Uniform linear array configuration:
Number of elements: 16
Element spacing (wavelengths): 1
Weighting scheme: hann
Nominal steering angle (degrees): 15
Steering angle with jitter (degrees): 13.182
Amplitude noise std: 0.05
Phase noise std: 0.05

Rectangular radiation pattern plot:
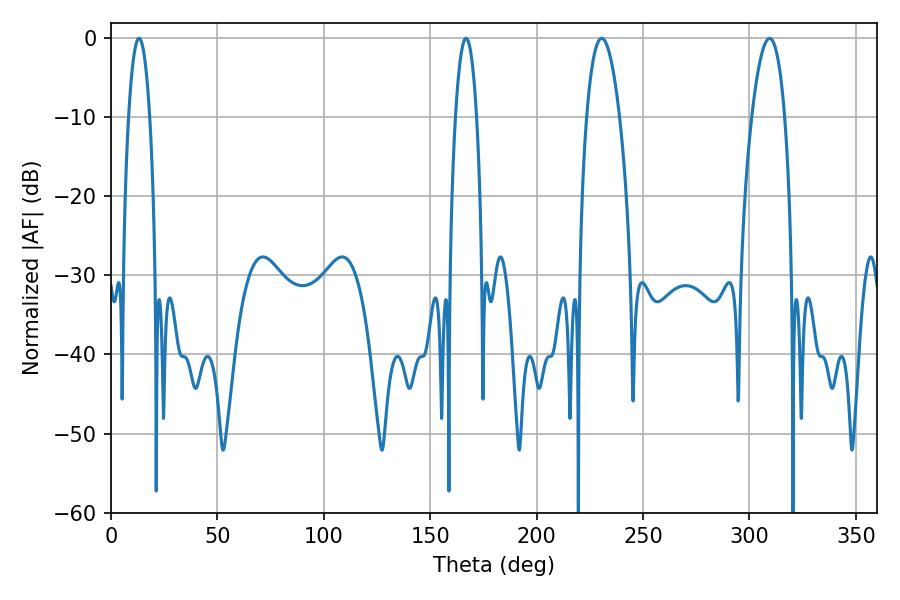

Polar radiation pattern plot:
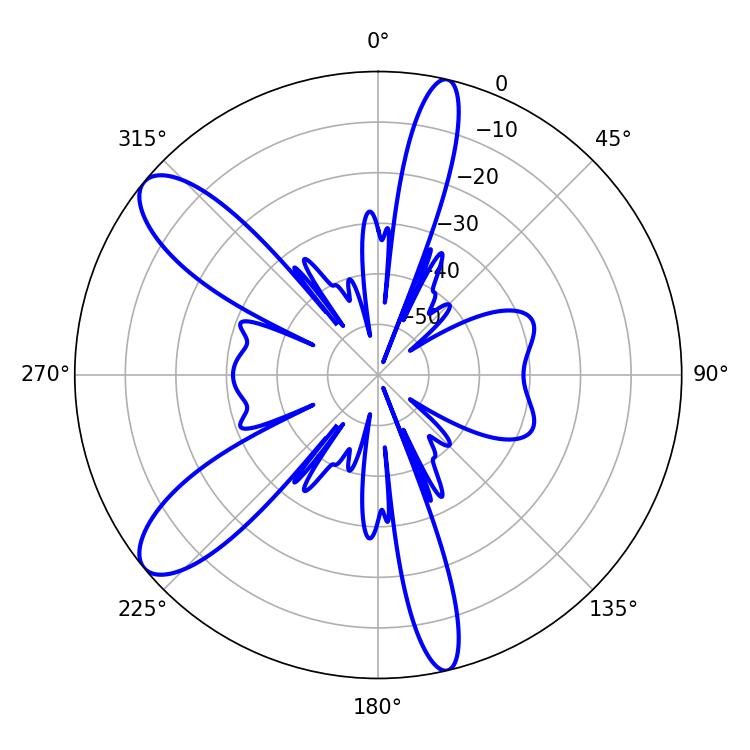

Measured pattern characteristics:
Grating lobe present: TRUE
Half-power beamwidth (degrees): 8.64
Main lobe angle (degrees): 230.58